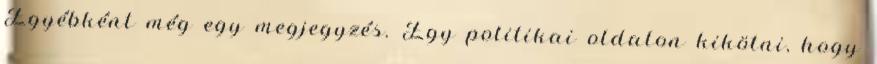
Egyébként még egy megjegyzés. Egy politikai oldalon kikötni, hogy